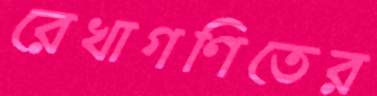
রেখাগণিতের